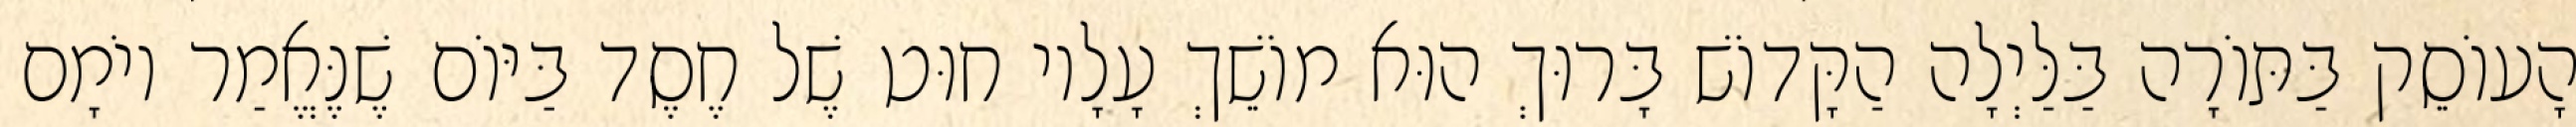
הָעוֹסֵק בַּתּוֹרָה בַּלַּיְלָה הַקָּדוֹשׁ בָּרוּךְ הוּא מוֹשֵׁךְ עָלָיו חוּט שֶׁל חֶסֶד בַּיּוֹם שֶׁנֶּאֱמַר יוֹמָם